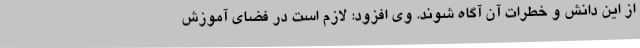
از این دانش و خطرات آن آگاه شوند. وی افزود: لازم است در فضای آموزش